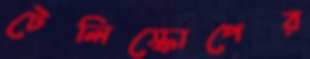
টেলিস্কোপের